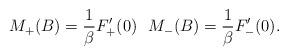
LaTeX: \begin{align*}M_+(B) = \frac{1}{\beta}F'_+(0) \ \ M_-(B) = \frac{1}{\beta}F'_-(0).\end{align*}